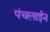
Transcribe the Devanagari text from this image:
पंचलाईन